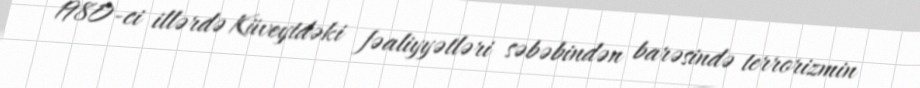
1980-ci illərdə Küveytdəki fəaliyyətləri səbəbindən barəsində terrorizmin